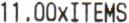
11.00XITEMS